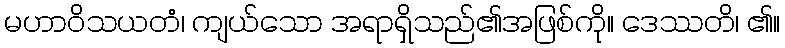
မဟာဝိသယတံ၊ ကျယ်သော အရာရှိသည်၏အဖြစ်ကို။ ဒေဿတိ၊ ၏။